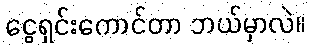
ငွေရှင်းကောင်တာ ဘယ်မှာလဲ။